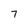
Character: 7